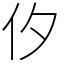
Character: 㐴